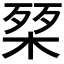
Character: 𭪴